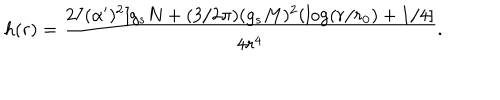
h ( r ) = { \frac { 2 7 ( \alpha ^ { \prime } ) ^ { 2 } [ g _ { s } N + ( 3 / 2 \pi ) ( g _ { s } M ) ^ { 2 } ( \log ( r / r _ { 0 } ) + 1 / 4 ] } { 4 r ^ { 4 } } } .